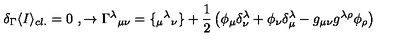
\delta _ { \Gamma } \langle I \rangle _ { c l . } = 0 \ , \rightarrow \Gamma ^ { \lambda } { } _ { \mu \nu } = \{ _ { \mu } { } ^ { \lambda } { } _ { \nu } \} + { \frac { 1 } { 2 } } \left( \phi _ { \mu } \delta _ { \nu } ^ { \lambda } + \phi _ { \nu } \delta _ { \mu } ^ { \lambda } - g _ { \mu \nu } g ^ { \lambda \rho } \phi _ { \rho } \right) \